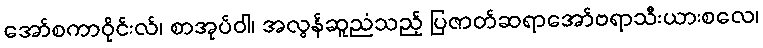
အော်စကာဝိုင်းလ်၊ စာအုပ်ဝါ၊ အလွန်ဆူညံသည့် ပြဇာတ်ဆရာအော်ဗရာသီးယားစလေ၊